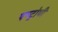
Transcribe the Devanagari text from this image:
एण्ट्रोपी